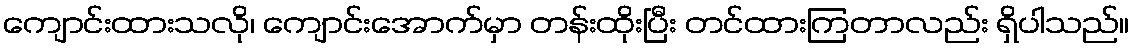
ကျောင်းထားသလို၊ ကျောင်းအောက်မှာ တန်းထိုးပြီး တင်ထားကြတာလည်း ရှိပါသည်။